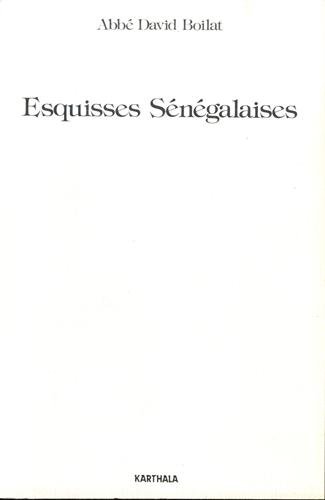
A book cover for Esquisses senegalaises (French Edition); P.-D Boilat; Travel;